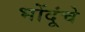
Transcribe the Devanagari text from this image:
भोंदूंचे